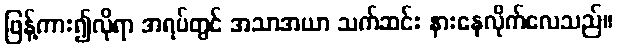
ဖြန့်ကား၍လိုရာ အရပ်တွင် အသာအယာ သက်ဆင်း နားနေလိုက်လေသည်။